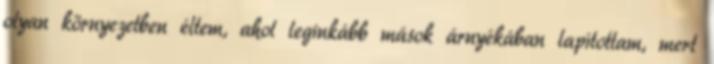
olyan környezetben éltem, ahol leginkább mások árnyékában lapítottam, mert